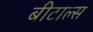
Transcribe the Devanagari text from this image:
बीटाल्स